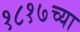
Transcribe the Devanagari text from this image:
१८१७च्या